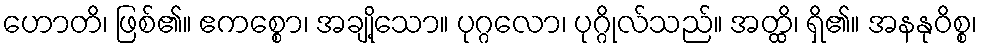
ဟောတိ၊ ဖြစ်၏။ ဧကစ္စော၊ အချို့သော။ ပုဂ္ဂလော၊ ပုဂ္ဂိုလ်သည်။ အတ္ထိ၊ ရှိ၏။ အနနုဝိစ္စ၊